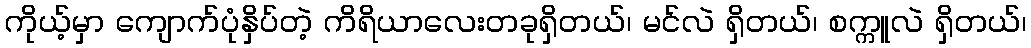
ကိုယ့်မှာ ကျောက်ပုံနှိပ်တဲ့ ကိရိယာလေးတခုရှိတယ်၊ မင်လဲ ရှိတယ်၊ စက္ကူလဲ ရှိတယ်၊